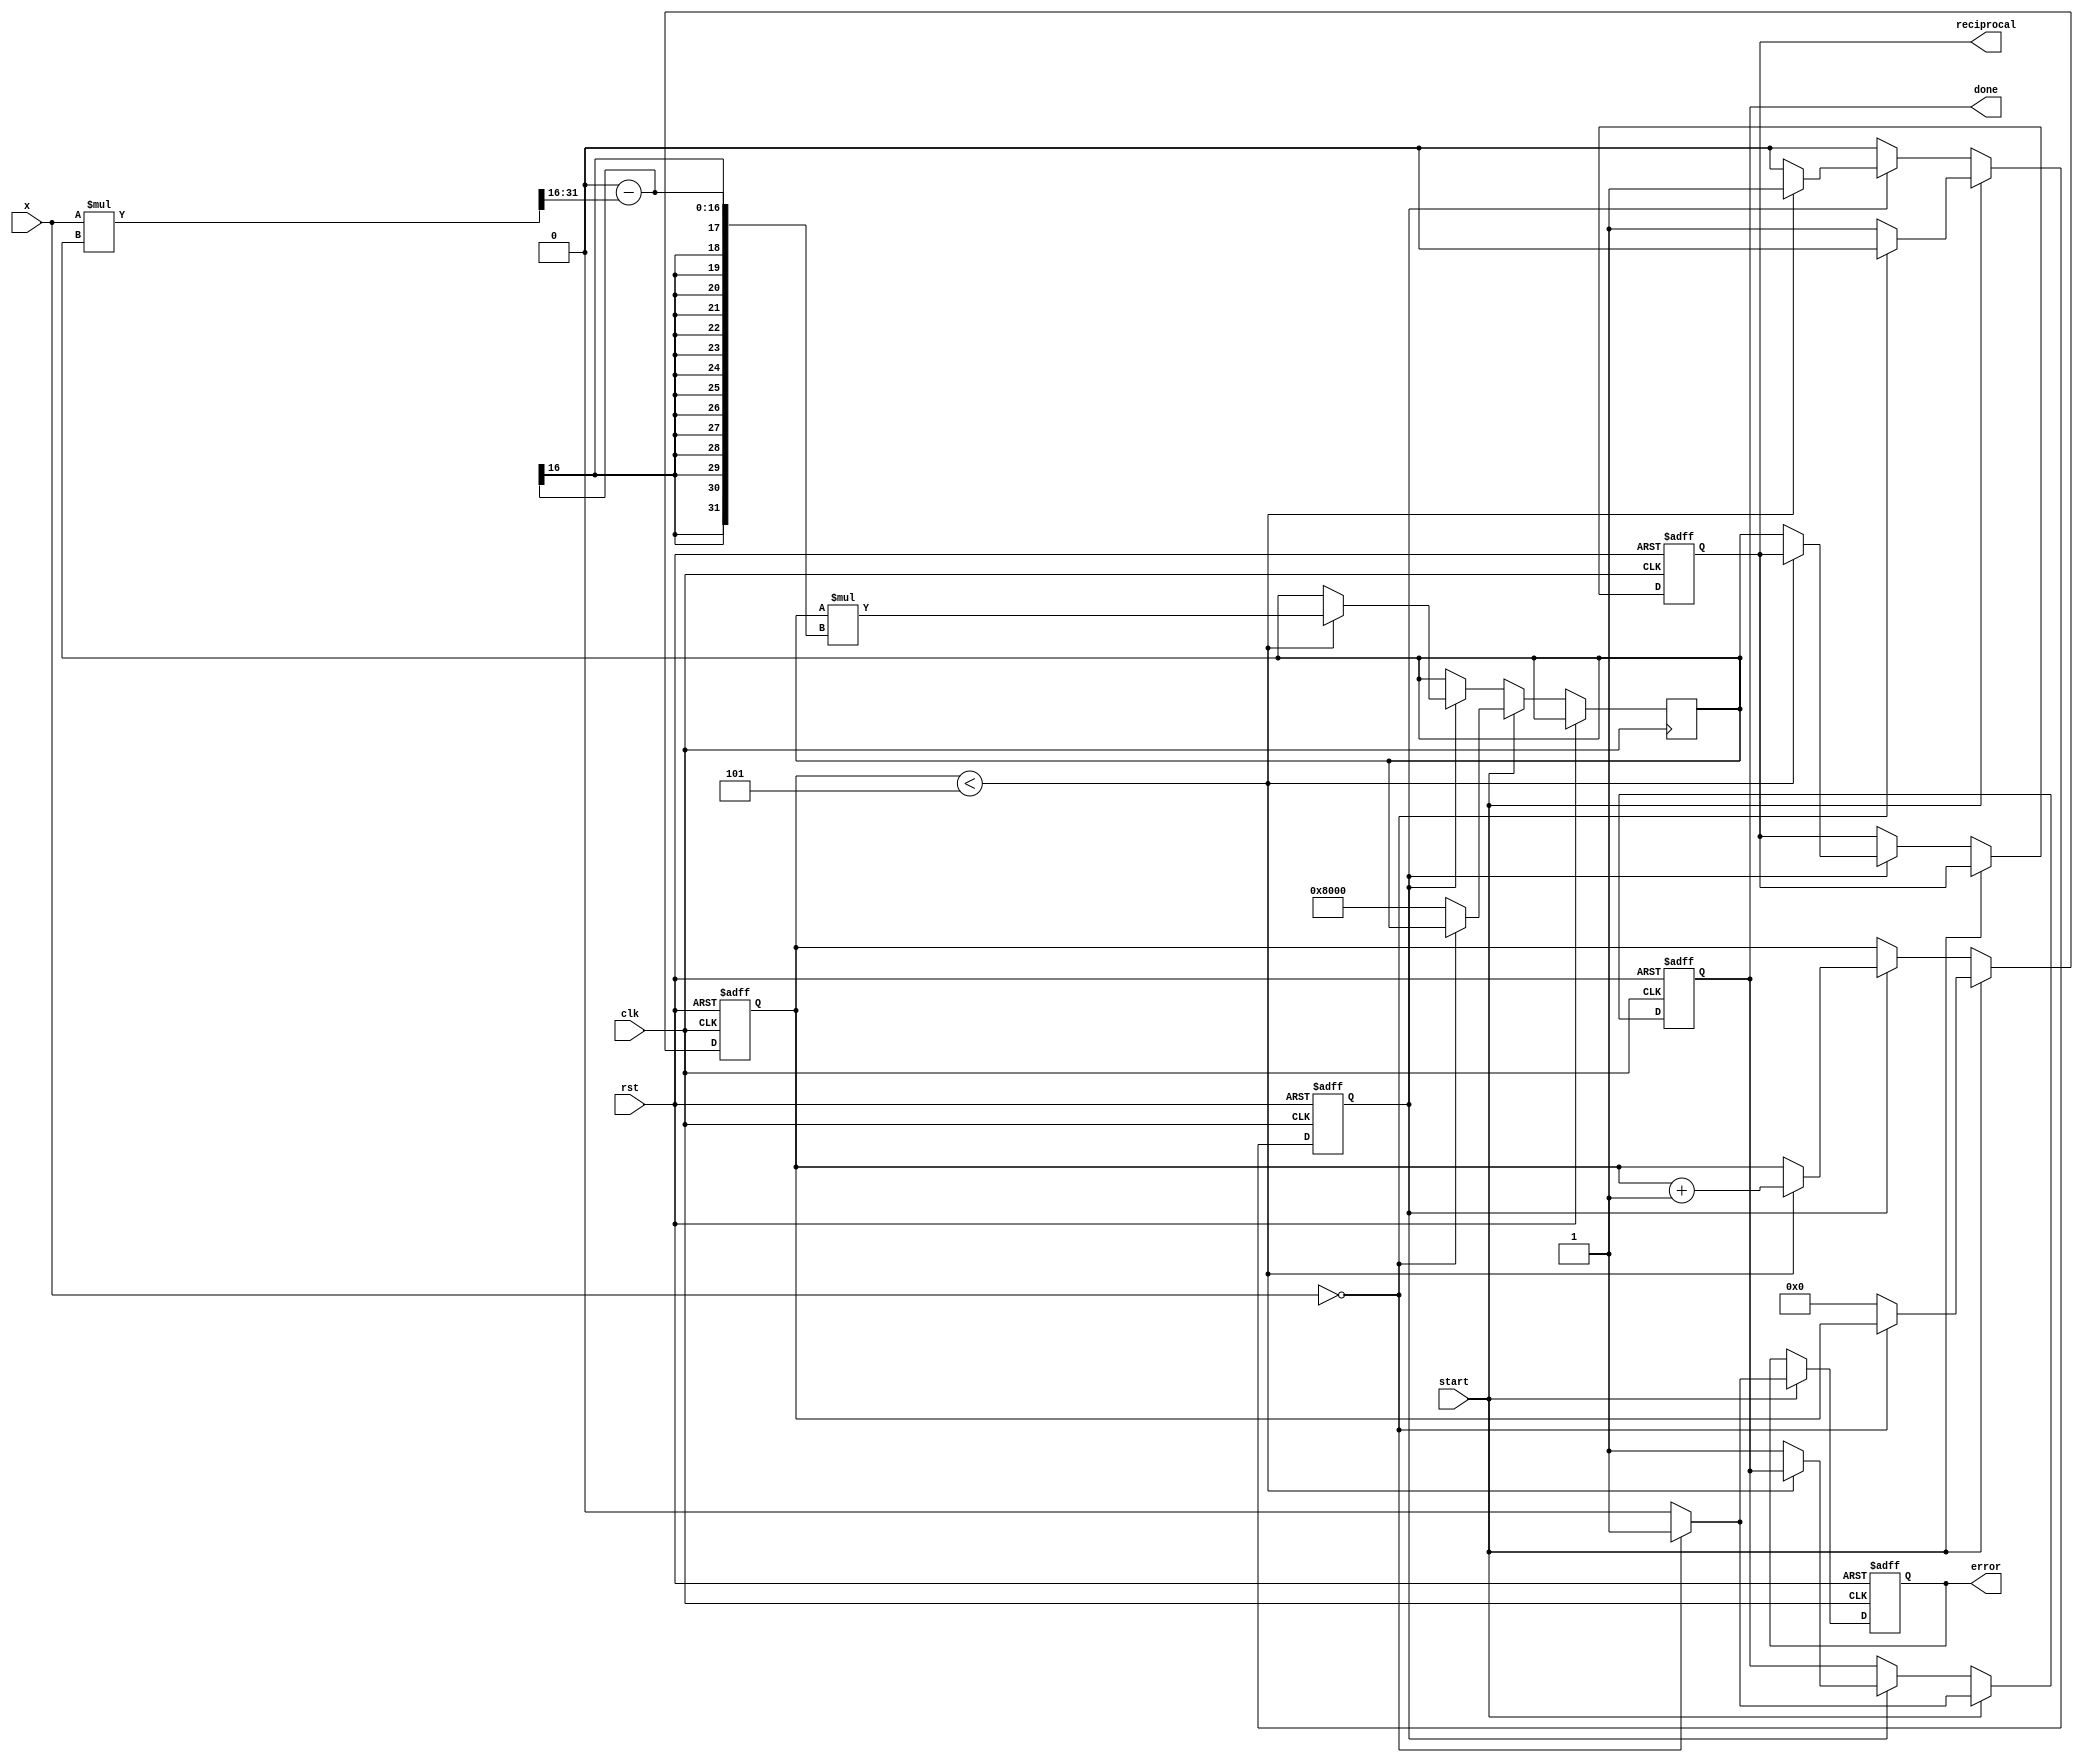
module newton_raphson_reciprocal #(
    parameter INPUT_WIDTH = 16,  // Width of input x
    parameter OUTPUT_WIDTH = 32,  // Width of output reciprocal
    parameter MAX_ITERATIONS = 5   // Maximum number of iterations
)(
    input wire clk,
    input wire rst,
    input wire start,
    input wire [INPUT_WIDTH-1:0] x,  // Input value
    output reg [OUTPUT_WIDTH-1:0] reciprocal,  // Computed reciprocal
    output reg done,  // Indicates computation is complete
    output reg error  // Indicates an error (e.g., zero input)
);

    reg [OUTPUT_WIDTH-1:0] r;  // Current approximation
    reg [3:0] iteration_count;  // Iteration counter
    reg computing;  // Flag to indicate computation in progress

    // Initial guess for the reciprocal
    localparam INITIAL_GUESS = (1 << (OUTPUT_WIDTH - INPUT_WIDTH - 1)); // 2^(-N)

    // Control logic
    always @(posedge clk or posedge rst) begin
        if (rst) begin
            reciprocal <= 0;
            done <= 0;
            error <= 0;
            iteration_count <= 0;
            computing <= 0;
        end else if (start) begin
            if (x == 0) begin
                error <= 1;  // Set error if input is zero
                done <= 1;
                computing <= 0;
            end else begin
                error <= 0;
                r <= INITIAL_GUESS;  // Initialize r
                iteration_count <= 0;
                computing <= 1;
                done <= 0;
            end
        end else if (computing) begin
            if (iteration_count < MAX_ITERATIONS) begin
                // Newton-Raphson update: r = r * (2 - x * r)
                r <= r * ((1 << OUTPUT_WIDTH) - (x * r >> INPUT_WIDTH)); // Shift to maintain precision
                iteration_count <= iteration_count + 1;
            end else begin
                reciprocal <= r;  // Final output
                done <= 1;  // Indicate completion
                computing <= 0;  // Stop computing
            end
        end
    end

endmodule